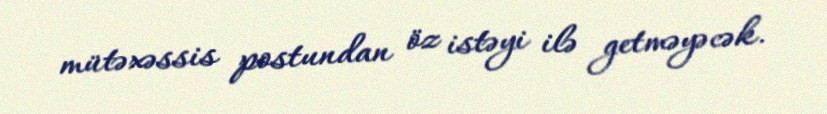
mütəxəssis postundan öz istəyi ilə getməyəcək.